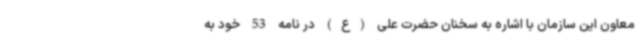
معاون این سازمان با اشاره به سخنان حضرت علی (ع) در نامه 53 خود به